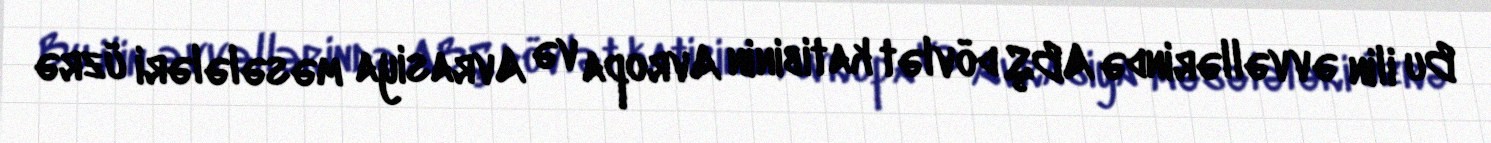
Bu ilin əvvəllərində ABŞ dövlət katibinin Avropa və Avrasiya məsələləri üzrə